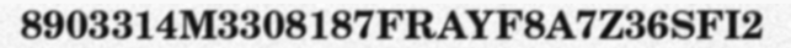
8903314M3308187FRAYF8A7Z36SFI2